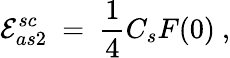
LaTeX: {\cal E}_{as2}^{sc}\ =\ \frac 14C_{s}F(0)\ ,